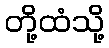
တို့ထံသို့